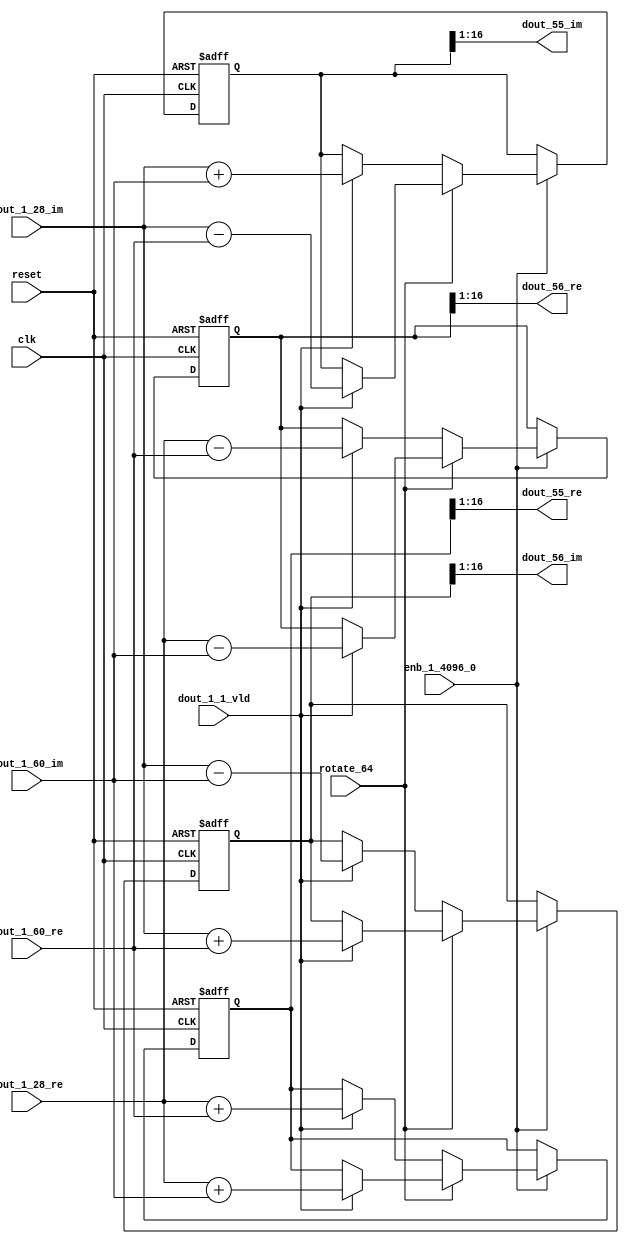
// -------------------------------------------------------------
// 
// 
// Generated by MATLAB 9.14 and HDL Coder 4.1
// 
// -------------------------------------------------------------


// -------------------------------------------------------------
// 
// Module: RADIX22FFT_SDNF2_2_block26
// Source Path: dsphdl.IFFT/RADIX22FFT_SDNF2_2
// Hierarchy Level: 4
// 
// -------------------------------------------------------------

`timescale 1 ns / 1 ns

module RADIX22FFT_SDNF2_2_block26
          (clk,
           reset,
           enb_1_4096_0,
           rotate_64,
           dout_1_28_re,
           dout_1_28_im,
           dout_1_60_re,
           dout_1_60_im,
           dout_1_1_vld,
           dout_55_re,
           dout_55_im,
           dout_56_re,
           dout_56_im);


  input   clk;
  input   reset;
  input   enb_1_4096_0;
  input   rotate_64;  // ufix1
  input   signed [15:0] dout_1_28_re;  // sfix16_En14
  input   signed [15:0] dout_1_28_im;  // sfix16_En14
  input   signed [15:0] dout_1_60_re;  // sfix16_En14
  input   signed [15:0] dout_1_60_im;  // sfix16_En14
  input   dout_1_1_vld;
  output  signed [15:0] dout_55_re;  // sfix16_En14
  output  signed [15:0] dout_55_im;  // sfix16_En14
  output  signed [15:0] dout_56_re;  // sfix16_En14
  output  signed [15:0] dout_56_im;  // sfix16_En14


  reg  Radix22ButterflyG2_NF_din_vld_dly;
  reg signed [16:0] Radix22ButterflyG2_NF_btf1_re_reg;  // sfix17
  reg signed [16:0] Radix22ButterflyG2_NF_btf1_im_reg;  // sfix17
  reg signed [16:0] Radix22ButterflyG2_NF_btf2_re_reg;  // sfix17
  reg signed [16:0] Radix22ButterflyG2_NF_btf2_im_reg;  // sfix17
  reg  Radix22ButterflyG2_NF_din_vld_dly_next;
  reg signed [16:0] Radix22ButterflyG2_NF_btf1_re_reg_next;  // sfix17_En14
  reg signed [16:0] Radix22ButterflyG2_NF_btf1_im_reg_next;  // sfix17_En14
  reg signed [16:0] Radix22ButterflyG2_NF_btf2_re_reg_next;  // sfix17_En14
  reg signed [16:0] Radix22ButterflyG2_NF_btf2_im_reg_next;  // sfix17_En14
  reg signed [15:0] dout_55_re_1;  // sfix16_En14
  reg signed [15:0] dout_55_im_1;  // sfix16_En14
  reg signed [15:0] dout_56_re_1;  // sfix16_En14
  reg signed [15:0] dout_56_im_1;  // sfix16_En14
  reg  dout_2_vld;
  reg signed [16:0] Radix22ButterflyG2_NF_add_cast;  // sfix17_En14
  reg signed [16:0] Radix22ButterflyG2_NF_add_cast_0;  // sfix17_En14
  reg signed [16:0] Radix22ButterflyG2_NF_add_cast_1;  // sfix17_En14
  reg signed [16:0] Radix22ButterflyG2_NF_add_cast_2;  // sfix17_En14
  reg signed [16:0] Radix22ButterflyG2_NF_sub_cast;  // sfix17_En14
  reg signed [16:0] Radix22ButterflyG2_NF_sub_cast_0;  // sfix17_En14
  reg signed [16:0] Radix22ButterflyG2_NF_sub_cast_1;  // sfix17_En14
  reg signed [16:0] Radix22ButterflyG2_NF_sub_cast_2;  // sfix17_En14
  reg signed [16:0] Radix22ButterflyG2_NF_sra_temp;  // sfix17_En14
  reg signed [16:0] Radix22ButterflyG2_NF_add_cast_3;  // sfix17_En14
  reg signed [16:0] Radix22ButterflyG2_NF_add_cast_4;  // sfix17_En14
  reg signed [16:0] Radix22ButterflyG2_NF_add_cast_5;  // sfix17_En14
  reg signed [16:0] Radix22ButterflyG2_NF_add_cast_6;  // sfix17_En14
  reg signed [16:0] Radix22ButterflyG2_NF_sra_temp_0;  // sfix17_En14
  reg signed [16:0] Radix22ButterflyG2_NF_sub_cast_3;  // sfix17_En14
  reg signed [16:0] Radix22ButterflyG2_NF_sub_cast_4;  // sfix17_En14
  reg signed [16:0] Radix22ButterflyG2_NF_sub_cast_5;  // sfix17_En14
  reg signed [16:0] Radix22ButterflyG2_NF_sub_cast_6;  // sfix17_En14
  reg signed [16:0] Radix22ButterflyG2_NF_sra_temp_1;  // sfix17_En14
  reg signed [16:0] Radix22ButterflyG2_NF_sra_temp_2;  // sfix17_En14


  // Radix22ButterflyG2_NF
  always @(posedge clk or posedge reset)
    begin : Radix22ButterflyG2_NF_process
      if (reset == 1'b1) begin
        Radix22ButterflyG2_NF_din_vld_dly <= 1'b0;
        Radix22ButterflyG2_NF_btf1_re_reg <= 17'sb00000000000000000;
        Radix22ButterflyG2_NF_btf1_im_reg <= 17'sb00000000000000000;
        Radix22ButterflyG2_NF_btf2_re_reg <= 17'sb00000000000000000;
        Radix22ButterflyG2_NF_btf2_im_reg <= 17'sb00000000000000000;
      end
      else begin
        if (enb_1_4096_0) begin
          Radix22ButterflyG2_NF_din_vld_dly <= Radix22ButterflyG2_NF_din_vld_dly_next;
          Radix22ButterflyG2_NF_btf1_re_reg <= Radix22ButterflyG2_NF_btf1_re_reg_next;
          Radix22ButterflyG2_NF_btf1_im_reg <= Radix22ButterflyG2_NF_btf1_im_reg_next;
          Radix22ButterflyG2_NF_btf2_re_reg <= Radix22ButterflyG2_NF_btf2_re_reg_next;
          Radix22ButterflyG2_NF_btf2_im_reg <= Radix22ButterflyG2_NF_btf2_im_reg_next;
        end
      end
    end

  always @(Radix22ButterflyG2_NF_btf1_im_reg, Radix22ButterflyG2_NF_btf1_re_reg,
       Radix22ButterflyG2_NF_btf2_im_reg, Radix22ButterflyG2_NF_btf2_re_reg,
       Radix22ButterflyG2_NF_din_vld_dly, dout_1_1_vld, dout_1_28_im,
       dout_1_28_re, dout_1_60_im, dout_1_60_re, rotate_64) begin
    Radix22ButterflyG2_NF_add_cast_1 = 17'sb00000000000000000;
    Radix22ButterflyG2_NF_add_cast_2 = 17'sb00000000000000000;
    Radix22ButterflyG2_NF_sub_cast_1 = 17'sb00000000000000000;
    Radix22ButterflyG2_NF_sub_cast_2 = 17'sb00000000000000000;
    Radix22ButterflyG2_NF_add_cast_5 = 17'sb00000000000000000;
    Radix22ButterflyG2_NF_add_cast_6 = 17'sb00000000000000000;
    Radix22ButterflyG2_NF_sub_cast_5 = 17'sb00000000000000000;
    Radix22ButterflyG2_NF_sub_cast_6 = 17'sb00000000000000000;
    Radix22ButterflyG2_NF_add_cast = 17'sb00000000000000000;
    Radix22ButterflyG2_NF_add_cast_0 = 17'sb00000000000000000;
    Radix22ButterflyG2_NF_sub_cast = 17'sb00000000000000000;
    Radix22ButterflyG2_NF_sub_cast_0 = 17'sb00000000000000000;
    Radix22ButterflyG2_NF_add_cast_3 = 17'sb00000000000000000;
    Radix22ButterflyG2_NF_add_cast_4 = 17'sb00000000000000000;
    Radix22ButterflyG2_NF_sub_cast_3 = 17'sb00000000000000000;
    Radix22ButterflyG2_NF_sub_cast_4 = 17'sb00000000000000000;
    Radix22ButterflyG2_NF_btf1_re_reg_next = Radix22ButterflyG2_NF_btf1_re_reg;
    Radix22ButterflyG2_NF_btf1_im_reg_next = Radix22ButterflyG2_NF_btf1_im_reg;
    Radix22ButterflyG2_NF_btf2_re_reg_next = Radix22ButterflyG2_NF_btf2_re_reg;
    Radix22ButterflyG2_NF_btf2_im_reg_next = Radix22ButterflyG2_NF_btf2_im_reg;
    Radix22ButterflyG2_NF_din_vld_dly_next = dout_1_1_vld;
    if (rotate_64 != 1'b0) begin
      if (dout_1_1_vld) begin
        Radix22ButterflyG2_NF_add_cast_1 = {dout_1_28_re[15], dout_1_28_re};
        Radix22ButterflyG2_NF_add_cast_2 = {dout_1_60_im[15], dout_1_60_im};
        Radix22ButterflyG2_NF_btf1_re_reg_next = Radix22ButterflyG2_NF_add_cast_1 + Radix22ButterflyG2_NF_add_cast_2;
        Radix22ButterflyG2_NF_sub_cast_1 = {dout_1_28_re[15], dout_1_28_re};
        Radix22ButterflyG2_NF_sub_cast_2 = {dout_1_60_im[15], dout_1_60_im};
        Radix22ButterflyG2_NF_btf2_re_reg_next = Radix22ButterflyG2_NF_sub_cast_1 - Radix22ButterflyG2_NF_sub_cast_2;
        Radix22ButterflyG2_NF_add_cast_5 = {dout_1_28_im[15], dout_1_28_im};
        Radix22ButterflyG2_NF_add_cast_6 = {dout_1_60_re[15], dout_1_60_re};
        Radix22ButterflyG2_NF_btf2_im_reg_next = Radix22ButterflyG2_NF_add_cast_5 + Radix22ButterflyG2_NF_add_cast_6;
        Radix22ButterflyG2_NF_sub_cast_5 = {dout_1_28_im[15], dout_1_28_im};
        Radix22ButterflyG2_NF_sub_cast_6 = {dout_1_60_re[15], dout_1_60_re};
        Radix22ButterflyG2_NF_btf1_im_reg_next = Radix22ButterflyG2_NF_sub_cast_5 - Radix22ButterflyG2_NF_sub_cast_6;
      end
    end
    else if (dout_1_1_vld) begin
      Radix22ButterflyG2_NF_add_cast = {dout_1_28_re[15], dout_1_28_re};
      Radix22ButterflyG2_NF_add_cast_0 = {dout_1_60_re[15], dout_1_60_re};
      Radix22ButterflyG2_NF_btf1_re_reg_next = Radix22ButterflyG2_NF_add_cast + Radix22ButterflyG2_NF_add_cast_0;
      Radix22ButterflyG2_NF_sub_cast = {dout_1_28_re[15], dout_1_28_re};
      Radix22ButterflyG2_NF_sub_cast_0 = {dout_1_60_re[15], dout_1_60_re};
      Radix22ButterflyG2_NF_btf2_re_reg_next = Radix22ButterflyG2_NF_sub_cast - Radix22ButterflyG2_NF_sub_cast_0;
      Radix22ButterflyG2_NF_add_cast_3 = {dout_1_28_im[15], dout_1_28_im};
      Radix22ButterflyG2_NF_add_cast_4 = {dout_1_60_im[15], dout_1_60_im};
      Radix22ButterflyG2_NF_btf1_im_reg_next = Radix22ButterflyG2_NF_add_cast_3 + Radix22ButterflyG2_NF_add_cast_4;
      Radix22ButterflyG2_NF_sub_cast_3 = {dout_1_28_im[15], dout_1_28_im};
      Radix22ButterflyG2_NF_sub_cast_4 = {dout_1_60_im[15], dout_1_60_im};
      Radix22ButterflyG2_NF_btf2_im_reg_next = Radix22ButterflyG2_NF_sub_cast_3 - Radix22ButterflyG2_NF_sub_cast_4;
    end
    Radix22ButterflyG2_NF_sra_temp = Radix22ButterflyG2_NF_btf1_re_reg >>> 8'd1;
    dout_55_re_1 = Radix22ButterflyG2_NF_sra_temp[15:0];
    Radix22ButterflyG2_NF_sra_temp_0 = Radix22ButterflyG2_NF_btf1_im_reg >>> 8'd1;
    dout_55_im_1 = Radix22ButterflyG2_NF_sra_temp_0[15:0];
    Radix22ButterflyG2_NF_sra_temp_1 = Radix22ButterflyG2_NF_btf2_re_reg >>> 8'd1;
    dout_56_re_1 = Radix22ButterflyG2_NF_sra_temp_1[15:0];
    Radix22ButterflyG2_NF_sra_temp_2 = Radix22ButterflyG2_NF_btf2_im_reg >>> 8'd1;
    dout_56_im_1 = Radix22ButterflyG2_NF_sra_temp_2[15:0];
    dout_2_vld = Radix22ButterflyG2_NF_din_vld_dly;
  end



  assign dout_55_re = dout_55_re_1;

  assign dout_55_im = dout_55_im_1;

  assign dout_56_re = dout_56_re_1;

  assign dout_56_im = dout_56_im_1;

endmodule  // RADIX22FFT_SDNF2_2_block26